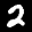
Label: 2